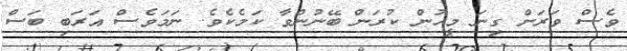
ވެސް ވަރަށް ގިނަ މީހުން ކުރަން ބޭނުންވާ ކަމެކެވެ. ނަމަވެސް އަރަބި ބަސް